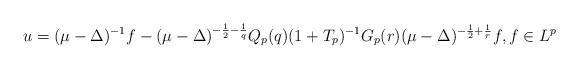
LaTeX: \begin{align*}u=(\mu - \Delta)^{-1}f - (\mu - \Delta)^{-\frac{1}{2}-\frac{1}{q}} Q_{p}(q) (1 + T_p)^{-1} G_{p}(r) (\mu - \Delta)^{-\frac{1}{2}+\frac{1}{r}}f, f \in L^p\end{align*}